Civil Veterinary Department. Madras. Admin. report 1926-33 - 1926-1933
Year: 1926
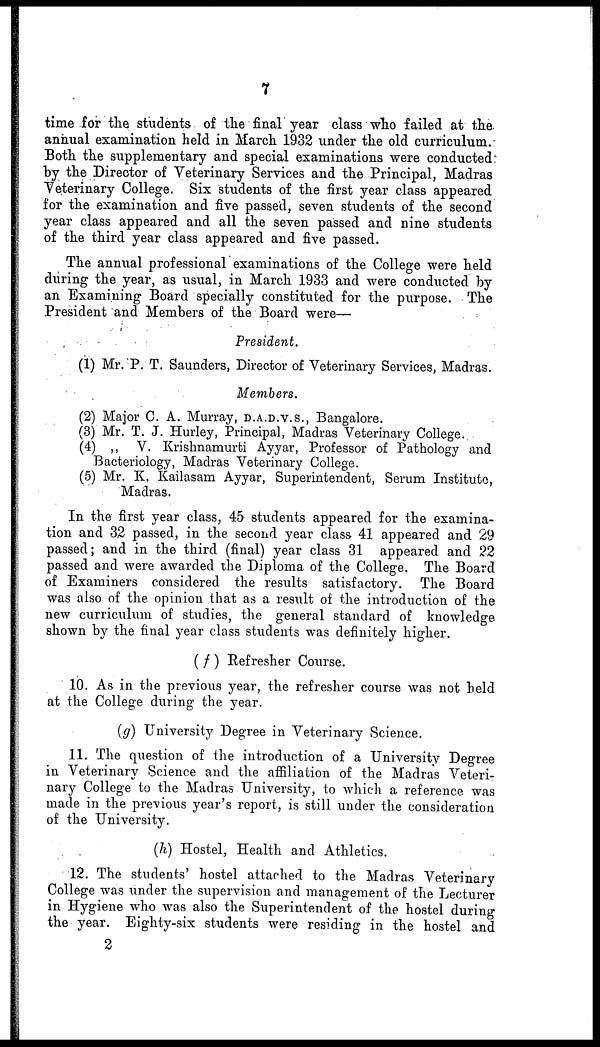
7
time for the students of the final year class who failed at the
annual examination held in March 1932 under the old curriculum.
Both the supplementary and special examinations were conducted
by the Director of Veterinary Services and the Principal, Madras
Veterinary College. Six students of the first year class appeared
for the examination and five passed, seven students of the second
year class appeared and all the seven passed and nine students
of the third year class appeared and five passed.
The annual professional examinations of the College were held
during the year, as usual, in March 1933 and were conducted by
an Examining Board specially constituted for the purpose. The
President and Members of the Board were—
President.
(1) Mr. P. T. Saunders, Director of Veterinary Services, Madras.
Members.
(2) Major C. A. Murray, D.A.D.V.S., Bangalore.
(3) Mr. T. J. Hurley, Principal, Madras Veterinary College.
(4) „ V. Krishnamurti Ayyar, Professor of Pathology and
Bacteriology, Madras Veterinary College.
(5) Mr. K, Kailasam Ayyar, Superintendent, Serum Institute,
Madras.
In the first year class, 45 students appeared for the examina-
tion and 32 passed, in the second year class 41 appeared and 29
passed; and in the third (final) year class 31 appeared and 22
passed and were awarded the Diploma of the College. The Board
of Examiners considered the results satisfactory. The Board
was also of the opinion that as a result of the introduction of the
new curriculum of studies, the general standard of knowledge
shown by the final year class students was definitely higher.
(f) Refresher Course.
10. As in the previous year, the refresher course was not held
at the College during the year.
(g) University Degree in Veterinary Science,
11. The question of the introduction of a University Degree
in Veterinary Science and the affiliation of the Madras Veteri-
nary College to the Madras University, to which a reference was
made in the previous year's report, is still under the consideration
of the University.
(h) Hostel, Health and Athletics.
12. The students' hostel attached to the Madras Veterinary
College was under the supervision and management of the Lecturer
in Hygiene who was also the Superintendent of the hostel during
the year. Eighty-six students were residing in the hostel and
2